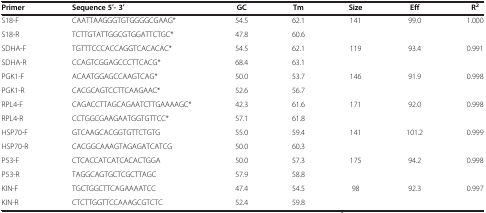
<table><thead><tr><td><b>Primer</b></td><td><b>Sequence 5′- 3′</b></td><td><b>GC</b></td><td><b>Tm</b></td><td><b>Size</b></td><td><b>Eff</b></td><td><b>R<sup>2</sup></b></td></tr></thead><tbody><tr><td>S18-F</td><td>CAATTAAGGGTGTGGGGCGAAG*</td><td>54.5</td><td>62.1</td><td rowspan="2">141</td><td rowspan="2">99.0</td><td rowspan="2">1.000</td></tr><tr><td>S18-R</td><td>TCTTGTATTGGCGTGGATTCTGC*</td><td>47.8</td><td>60.6</td></tr><tr><td>SDHA-F</td><td>TGTTTCCCACCAGGTCACACAC*</td><td>54.5</td><td>62.1</td><td rowspan="2">119</td><td rowspan="2">93.4</td><td rowspan="2">0.991</td></tr><tr><td>SDHA-R</td><td>CCAGTCGGAGCCCTTCACG*</td><td>68.4</td><td>63.1</td></tr><tr><td>PGK1-F</td><td>ACAATGGAGCCAAGTCAG*</td><td>50.0</td><td>53.7</td><td rowspan="2">146</td><td rowspan="2">91.9</td><td rowspan="2">0.998</td></tr><tr><td>PGK1-R</td><td>CACGCAGTCCTTCAAGAAC*</td><td>52.6</td><td>56.7</td></tr><tr><td>RPL4-F</td><td>CAGACCTTAGCAGAATCTTGAAAAGC*</td><td>42.3</td><td>61.6</td><td rowspan="2">171</td><td rowspan="2">92.0</td><td rowspan="2">0.998</td></tr><tr><td>RPL4-R</td><td>CCTGGCGAAGAATGGTGTTCC*</td><td>57.1</td><td>61.8</td></tr><tr><td>HSP70-F</td><td>GTCAAGCACGGTGTTCTGTG</td><td>55.0</td><td>59.4</td><td rowspan="2">141</td><td rowspan="2">101.2</td><td rowspan="2">0.999</td></tr><tr><td>HSP70-R</td><td>CACGGCAAAGTAGAGATCATCG</td><td>50.0</td><td>60.3</td></tr><tr><td>P53-F</td><td>CTCACCATCATCACACTGGA</td><td>50.0</td><td>57.3</td><td rowspan="2">175</td><td rowspan="2">94.2</td><td rowspan="2">0.998</td></tr><tr><td>P53-R</td><td>TAGGCAGTGCTCGCTTAGC</td><td>57.9</td><td>58.8</td></tr><tr><td>KIN-F</td><td>TGCTGGCTTCAGAAAATCC</td><td>47.4</td><td>54.5</td><td rowspan="2">98</td><td rowspan="2">92.3</td><td rowspan="2">0.997</td></tr><tr><td>KIN-R</td><td>CTCTTGGTTCCAAAGCGTCTC</td><td>52.4</td><td>59.8</td></tr></tbody></table>